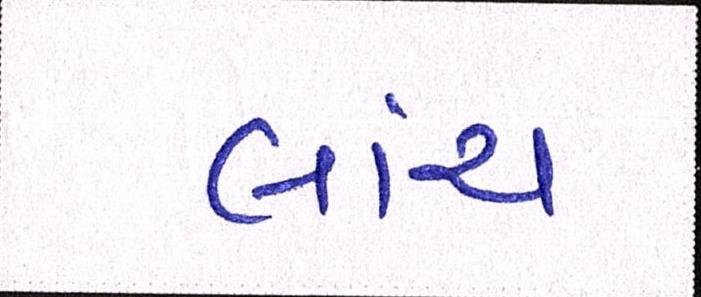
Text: લાંચ